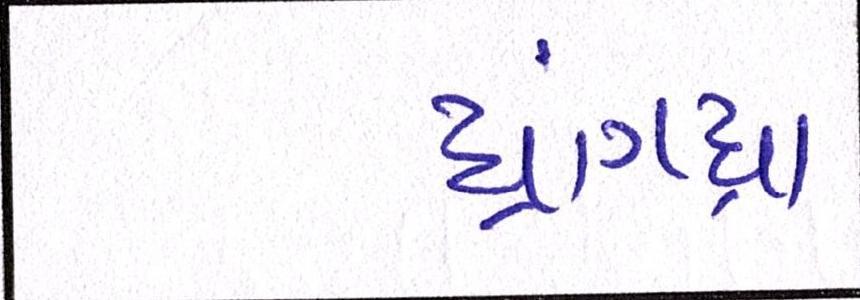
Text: ધ્રાંગધ્રા